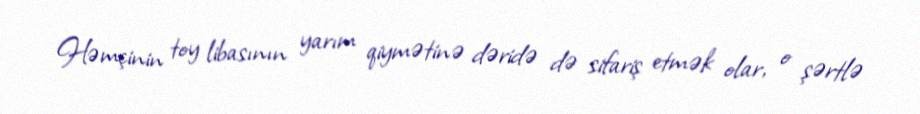
Həmçinin toy libasının yarım qiymətinə dəridə də sifariş etmək olar, o şərtlə